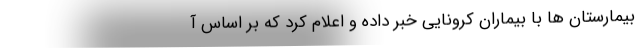
بیمارستان ها با بیماران کرونایی خبر داده و اعلام کرد که بر اساس آ